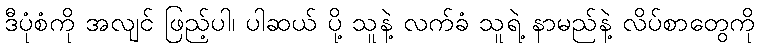
ဒီပုံစံကို အလျင် ဖြည့်ပါ၊ ပါဆယ် ပို့ သူနဲ့ လက်ခံ သူရဲ့ နာမည်နဲ့ လိပ်စာတွေကို